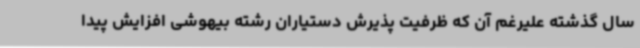
سال گذشته علیرغم آن که ظرفیت پذیرش دستیاران رشته بیهوشی افزایش پیدا